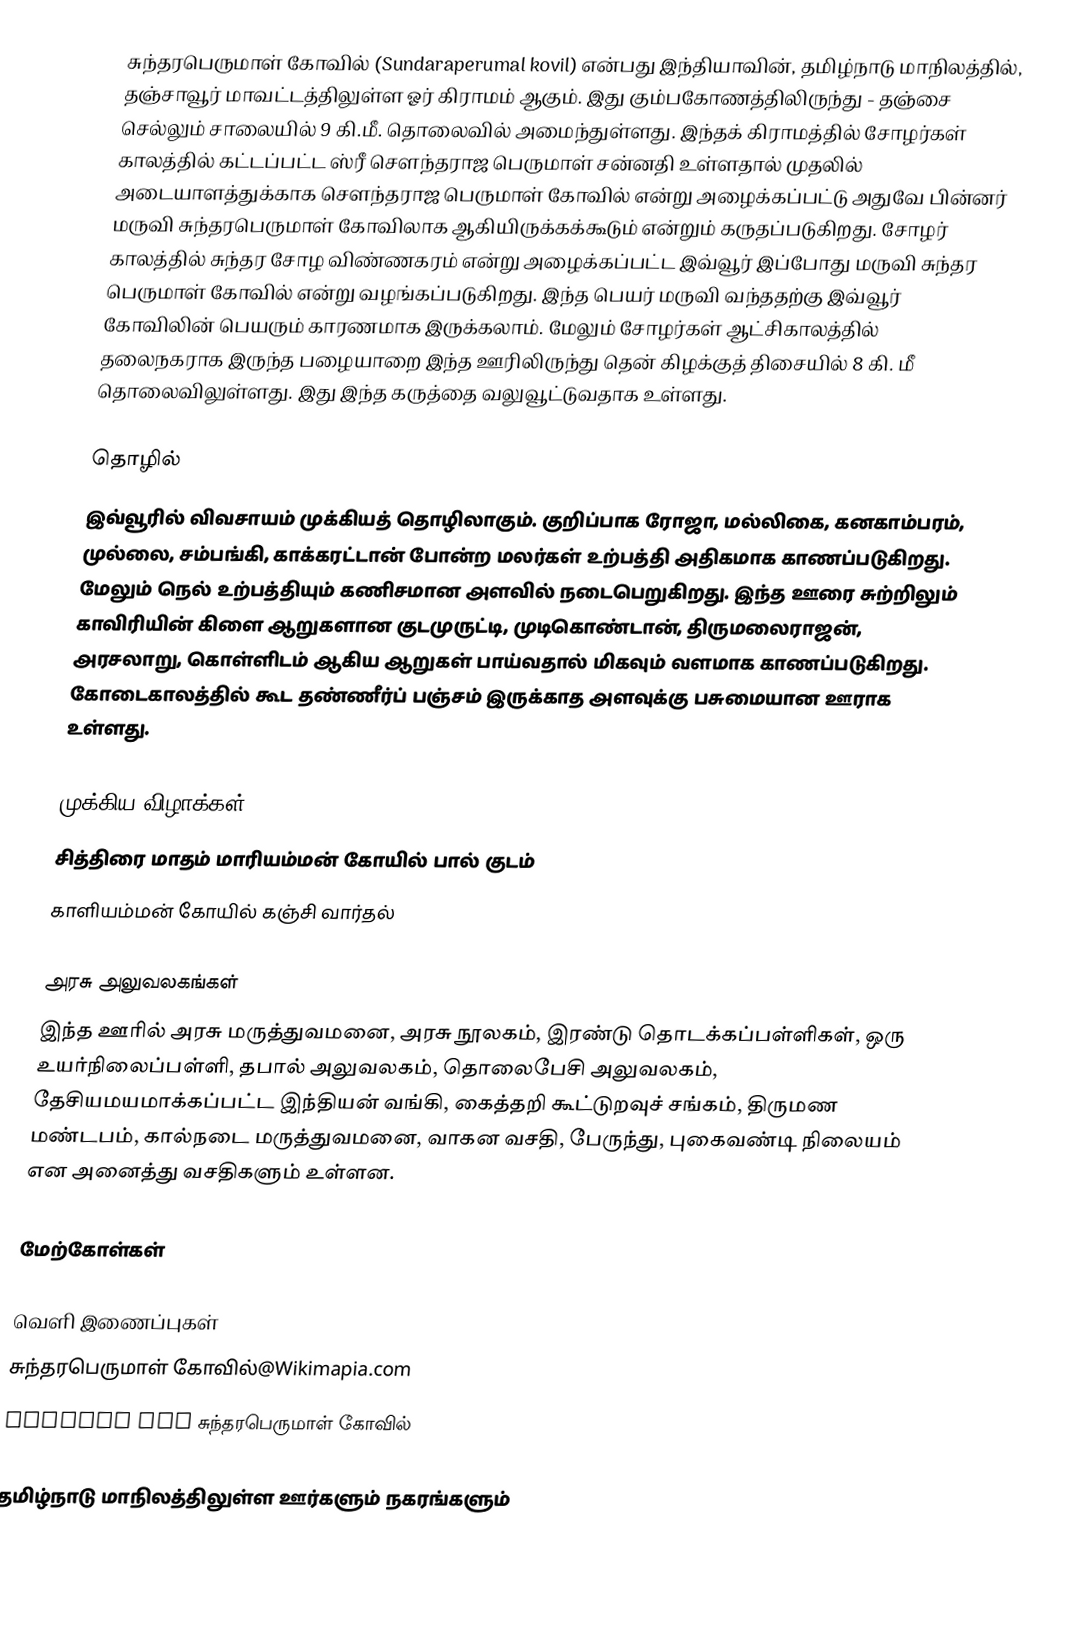
சுந்தரபெருமாள் கோவில் (Sundaraperumal kovil) என்பது இந்தியாவின், தமிழ்நாடு மாநிலத்தில், தஞ்சாவூர் மாவட்டத்திலுள்ள ஓர் கிராமம் ஆகும். இது கும்பகோணத்திலிருந்து - தஞ்சை செல்லும் சாலையில் 9 கி.மீ. தொலைவில் அமைந்துள்ளது. இந்தக் கிராமத்தில் சோழர்கள் காலத்தில் கட்டப்பட்ட ஸ்ரீ செளந்தராஜ பெருமாள் சன்னதி உள்ளதால் முதலில் அடையாளத்துக்காக செளந்தராஜ பெருமாள் கோவில் என்று அழைக்கப்பட்டு அதுவே பின்னர் மருவி சுந்தரபெருமாள் கோவிலாக ஆகியிருக்கக்கூடும் என்றும் கருதப்படுகிறது. சோழர் காலத்தில் சுந்தர சோழ விண்ணகரம் என்று அழைக்கப்பட்ட இவ்வூர் இப்போது மருவி சுந்தர பெருமாள் கோவில் என்று வழங்கப்படுகிறது. இந்த பெயர் மருவி வந்ததற்கு இவ்வூர் கோவிலின் பெயரும் காரணமாக இருக்கலாம். மேலும் சோழர்கள் ஆட்சிகாலத்தில் தலைநகராக இருந்த பழையாறை இந்த ஊரிலிருந்து தென் கிழக்குத் திசையில் 8 கி. மீ தொலைவிலுள்ளது. இது இந்த கருத்தை வலுவூட்டுவதாக உள்ளது.

தொழில்
இவ்வூரில் விவசாயம் முக்கியத் தொழிலாகும். குறிப்பாக ரோஜா, மல்லிகை, கனகாம்பரம், முல்லை, சம்பங்கி, காக்கரட்டான் போன்ற மலர்கள் உற்பத்தி அதிகமாக காணப்படுகிறது. மேலும் நெல் உற்பத்தியும் கணிசமான அளவில் நடைபெறுகிறது. இந்த ஊரை சுற்றிலும் காவிரியின் கிளை ஆறுகளான குடமுருட்டி, முடிகொண்டான், திருமலைராஜன், அரசலாறு, கொள்ளிடம் ஆகிய ஆறுகள் பாய்வதால் மிகவும் வளமாக காணப்படுகிறது. கோடைகாலத்தில் கூட தண்ணீர்ப் பஞ்சம் இருக்காத அளவுக்கு பசுமையான ஊராக உள்ளது.

முக்கிய விழாக்கள்
 சித்திரை மாதம் மாரியம்மன் கோயில் பால் குடம்
 காளியம்மன் கோயில் கஞ்சி வார்தல்

அரசு அலுவலகங்கள்
இந்த ஊரில் அரசு மருத்துவமனை, அரசு நூலகம், இரண்டு தொடக்கப்பள்ளிகள், ஒரு உயர்நிலைப்பள்ளி, தபால் அலுவலகம், தொலைபேசி அலுவலகம், தேசியமயமாக்கப்பட்ட இந்தியன் வங்கி, கைத்தறி கூட்டுறவுச் சங்கம், திருமண மண்டபம், கால்நடை மருத்துவமனை, வாகன வசதி, பேருந்து, புகைவண்டி நிலையம் என அனைத்து வசதிகளும் உள்ளன.

மேற்கோள்கள்

வெளி இணைப்புகள்
 சுந்தரபெருமாள் கோவில்@Wikimapia.com
Website for சுந்தரபெருமாள் கோவில்

தமிழ்நாடு மாநிலத்திலுள்ள ஊர்களும் நகரங்களும்